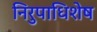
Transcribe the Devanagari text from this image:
निरुपाधिशेष